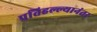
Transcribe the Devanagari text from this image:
प्रतिहल्ल्यानंतर